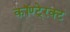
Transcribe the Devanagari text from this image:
कॉण्टे्रक्ट